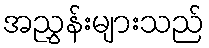
အညွှန်းများသည်